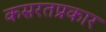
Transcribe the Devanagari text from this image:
कसरतप्रकार